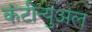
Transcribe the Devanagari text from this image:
कंटीन्युअल